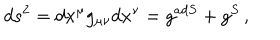
d s ^ { 2 } = d x ^ { \mu } g _ { \mu \nu } d x ^ { \nu } = g ^ { a d S } + g ^ { S } \, ,